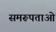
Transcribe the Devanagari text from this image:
समरूपताओं